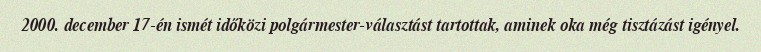
2000. december 17-én ismét időközi polgármester-választást tartottak, aminek oka még tisztázást igényel.